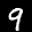
Label: 9